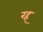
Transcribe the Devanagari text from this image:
रह्